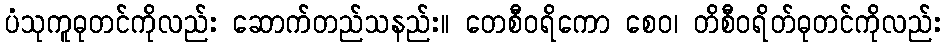
ပံသုကူဓုတင်ကိုလည်း ဆောက်တည်သနည်း။ တေစီဝရိကော စေဝ၊ တိစီဝရိတ်ဓုတင်ကိုလည်း